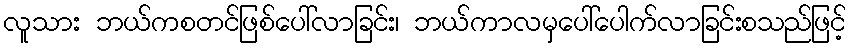
လူသား ဘယ်ကစတင်ဖြစ်ပေါ်လာခြင်း၊ ဘယ်ကာလမှပေါ်ပေါက်လာခြင်းစသည်ဖြင့်